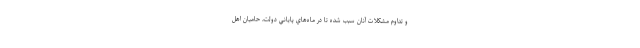
و تداوم مشكلات آنان سبب شده تا در ماه‌هاي پاياني دولت، حاميان اهل